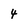
Character: 4